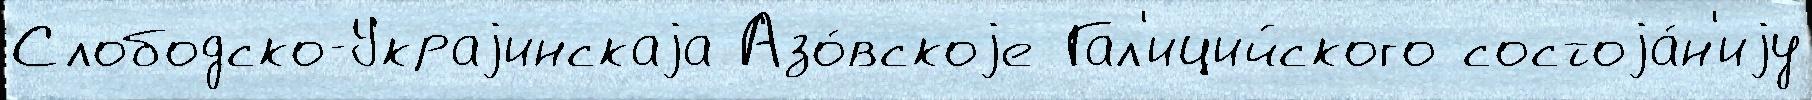
Слободско-Украjинскаjа Азо́вскоjе Гал'ицийского состоjа́н'иjу